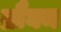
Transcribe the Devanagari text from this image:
ब्रौघम